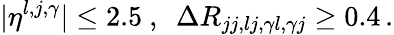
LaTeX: |\eta^{l,j,\gamma}|\leq 2.5~,~~\Delta R_{jj,lj,\gamma l,\gamma j}\geq 0.4\, .